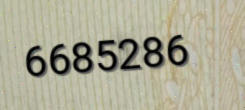
6685286